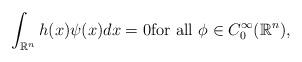
LaTeX: \begin{align*}\int_{\mathbb{R}^n} h(x) \psi (x) dx =0\textrm{for all}~ \phi \in C_0^\infty(\mathbb{R}^n),\end{align*}